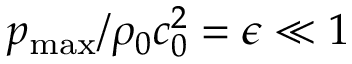
{ p _ { \mathrm { m a x } } / { \rho _ { 0 } c _ { 0 } ^ { 2 } } } = \epsilon \ll 1